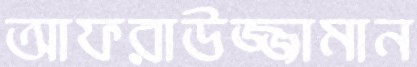
আফরাউজ্জামান